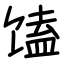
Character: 馌